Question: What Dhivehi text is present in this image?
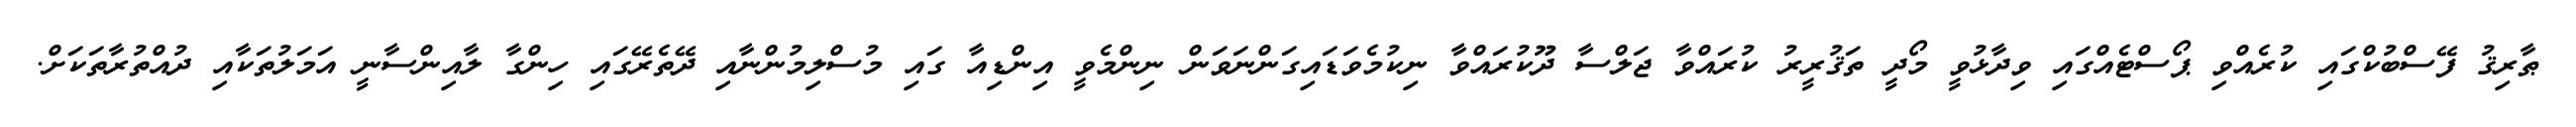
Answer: ޠާރިޤު ފޭސްބުކްގައި ކުރެއްވި ޕޯސްޓެއްގައި ވިދާޅުވީ މޯދީ ތަޤުރީރު ކުރައްވާ ޖަލްސާ ދޫކުރައްވާ ނިކުމެވަޑައިގަންނަވަން ނިންމެވީ އިންޑިއާ ގައި މުސްލިމުންނާއި ދޭތެރޭގައި ހިންގާ ލާއިންސާނީ އަމަލުތަކާއި ދުއްތުރާތަކަށް.